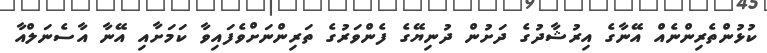
ކުޅުންތެރިންނެއް އޭނާގެ އިރުޝާދުގެ ދަށުން ދުނިޔޭގެ ފެންވަރުގެ ތަރިންނަށްވެފައިވާ ކަމަށާއި އޭނާ އާސެނަލްއާ